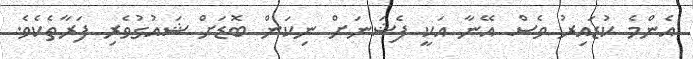
އެންމެ ކުޑައިރު ވެސް އޭނާ އަކީ ފެޝަނަށް ނިކަން ބޮޑަށް ޝައުގުވެރި ފަރާތެކެވެ.